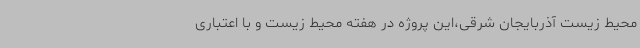
محیط زیست آذربایجان شرقی،این پروژه در هفته محیط زیست و با اعتباری